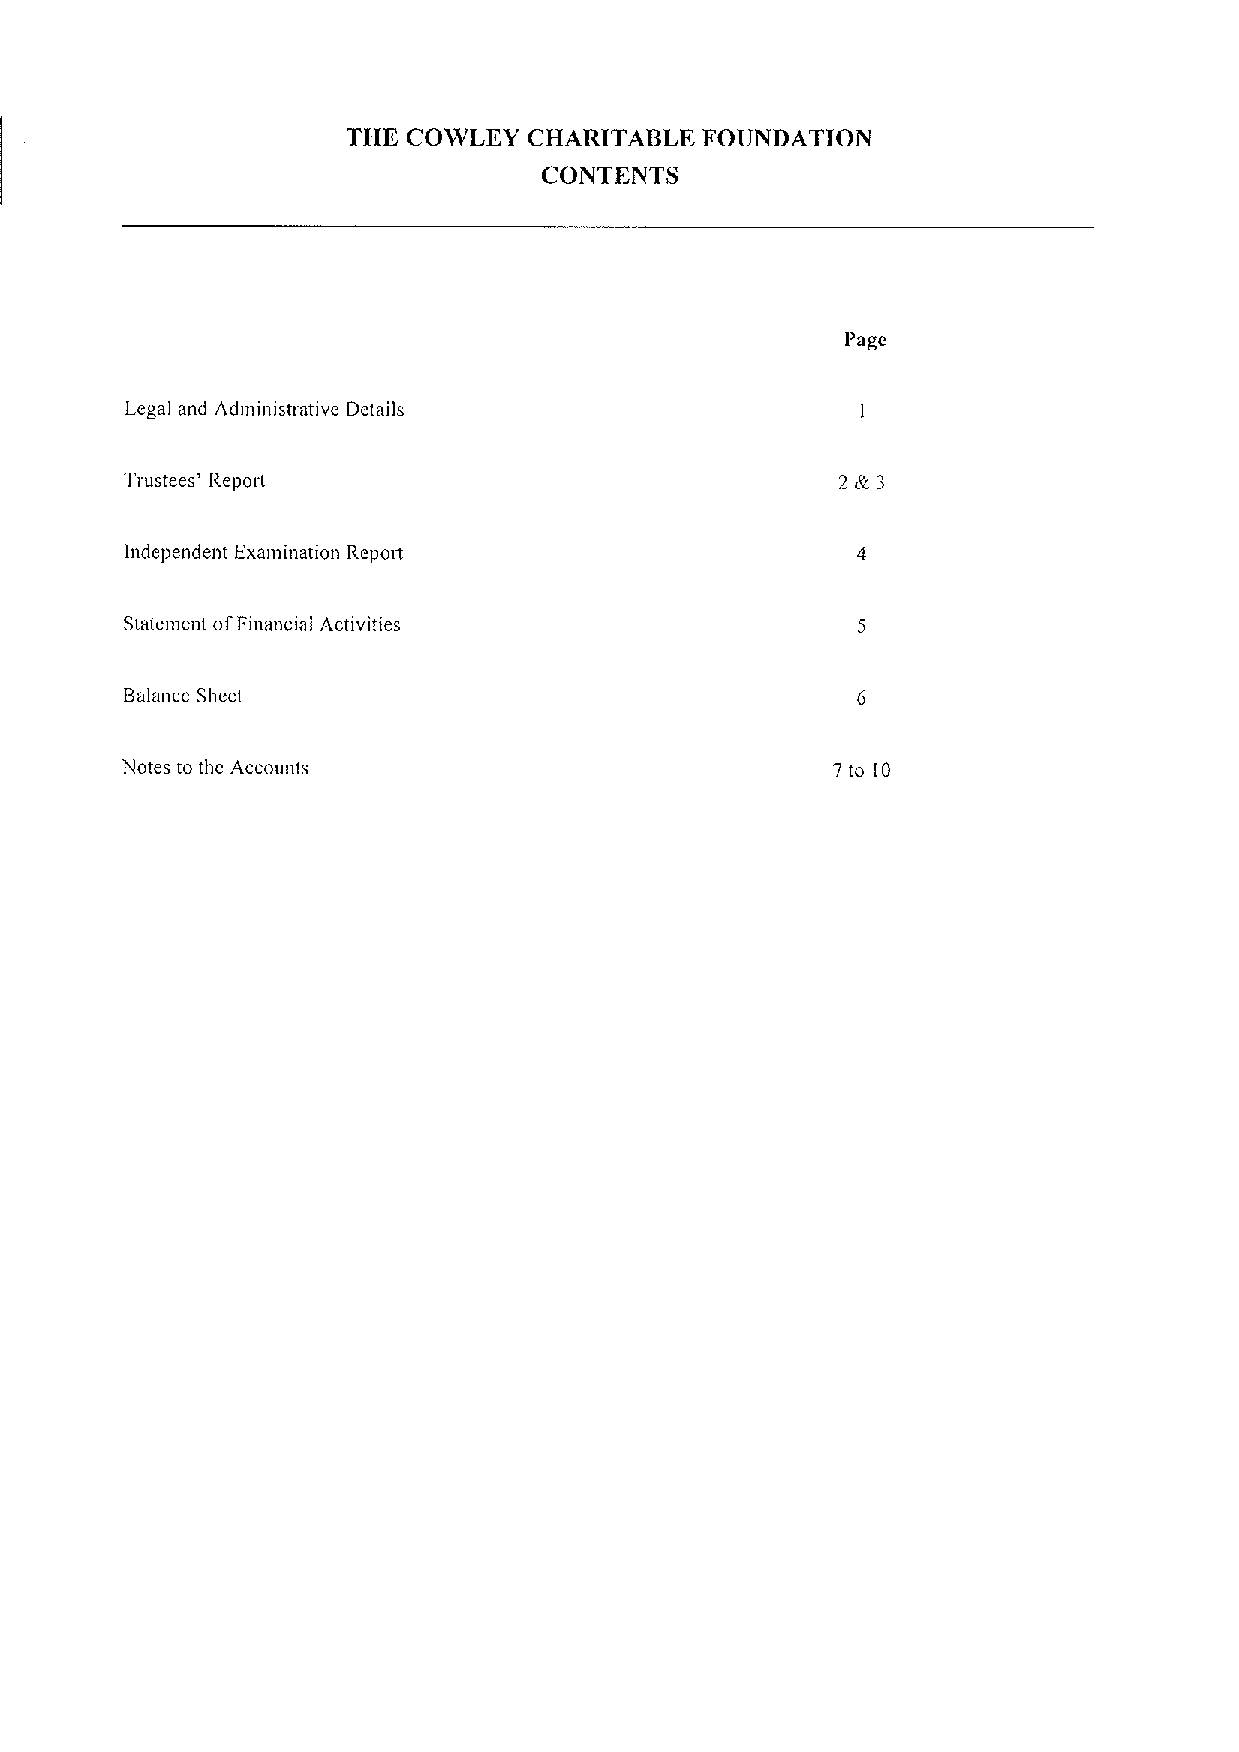
THE COWLEY  CHARITABLE FOUNDATION
 CONTENTS
 Page
 Legal and Administrative Details
 Trustees' Report                                2&3
 lltdependent Examination Report
 Statement ofEinmscial Activities
 Balance Sheet
 Notes to the Accounts                          7to IO